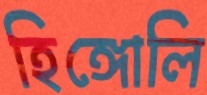
হিঙ্গোলি